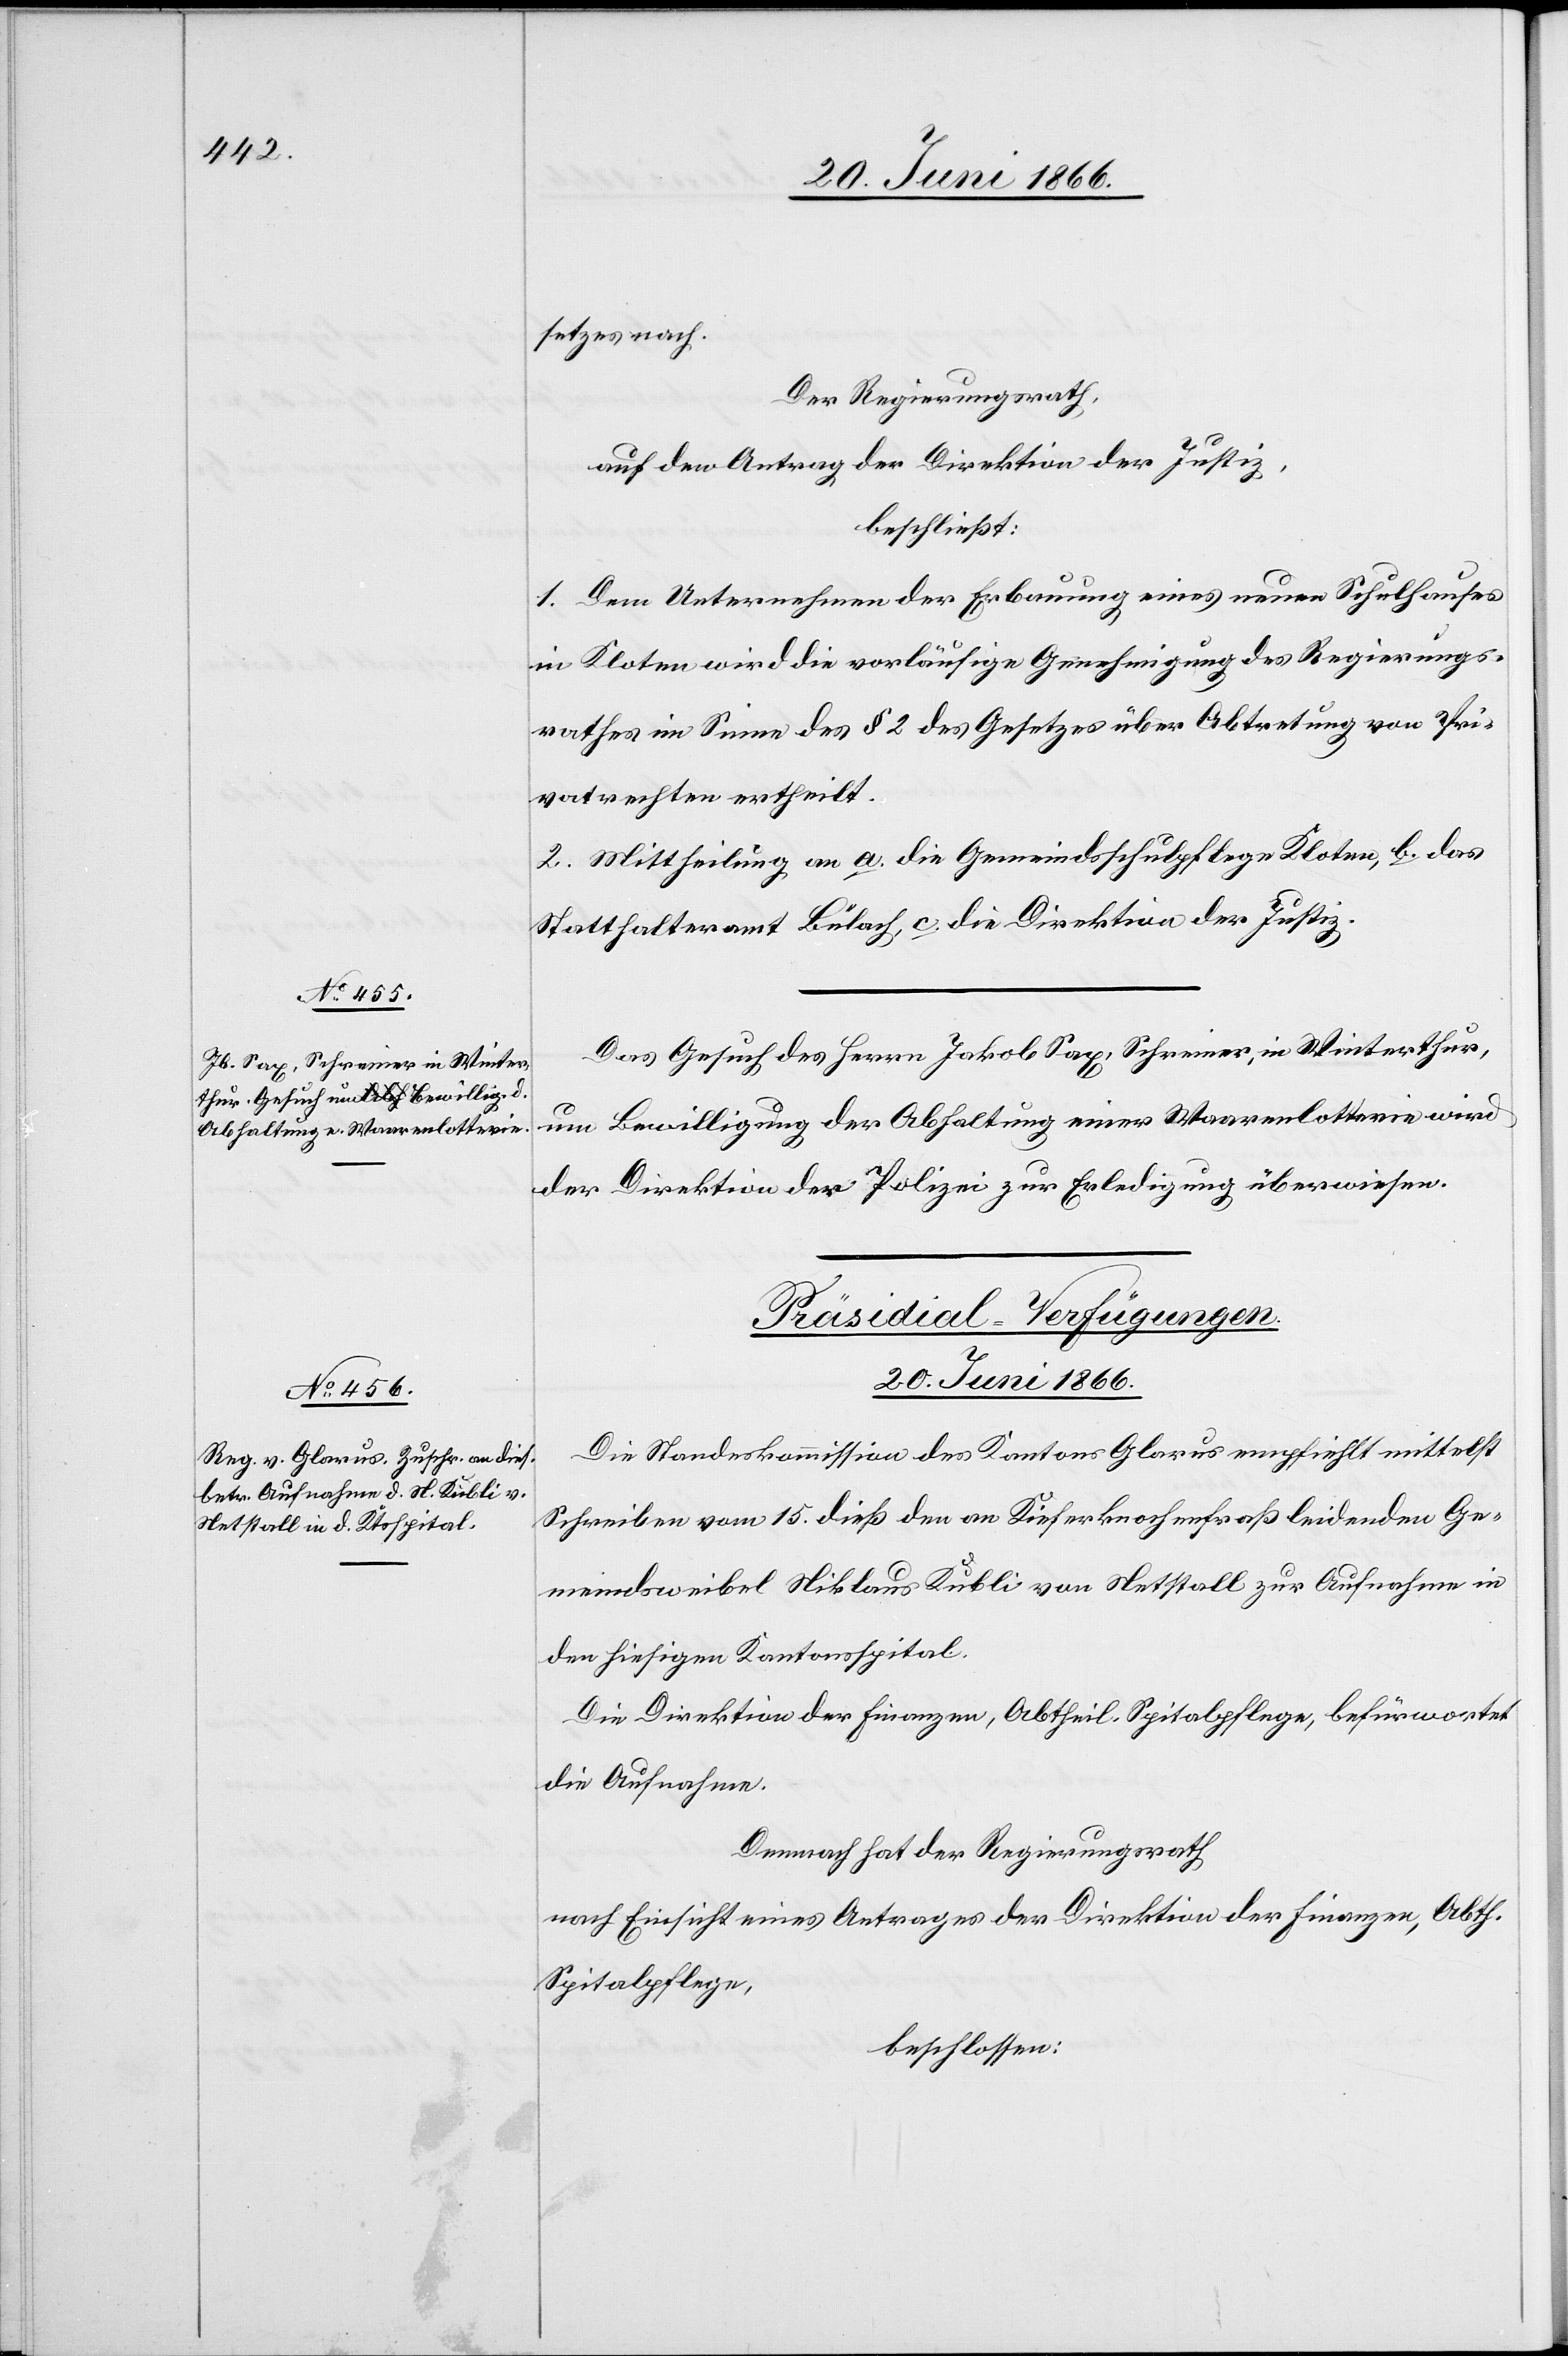
setzes nach.
Der Regierungsrath,
auf den Antrag der Direktion der Justiz,
beschließt:
1. Dem Unternehmen der Erbauung eines neuen Schulhauses
in Kloten wird die vorläufige Genehmigung des Regierungs¬
rathes im Sinne des § 2 des Gesetzes über die Abtretung von Pri¬
vatrechten ertheilt.
2. Mittheilung an a. die Gemeindschulpflege Kloten, b. das
Statthalteramt Bülach, c. die Direktion der Justiz.
Das Gesuch des Herrn Jakob Sax, Schreiner, in Winterthur,
um Bewilligung der Abhaltung einer Waarenlotterie wird
der Direktion der Polizei zur Erledigung überwiesen.
Präsidial-Verfügungen.
20. Juni 1866.
Die Standeskommission des Kantons Glarus empfiehlt mittelst
Schreiben vom 15. dieß den an Kieferknochenfraß leidenden Ge¬
meindweibel Niklaus Kubli von Netstall zur Aufnahme in
den hiesigen Kantonsspital.
Die Direktion der Finanzen, Abtheil. Spitalpflege, befürwortet
die Aufnahme.
Demnach hat der Regierungsrath,
nach Einsicht eines Antrages der Direktion der Finanzen, Abth.
Spitalpflege,
beschlossen: